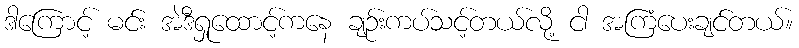
ဒါကြောင့် မင်း အဲဒီရှုထောင့်ကနေ ချဉ်းကပ်သင့်တယ်လို့ ငါ အကြံပေးချင်တယ်။